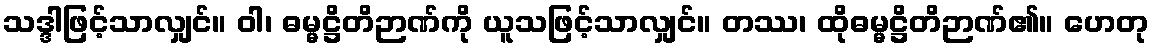
သဒ္ဒါဖြင့်သာလျှင်။ ဝါ၊ ဓမ္မဋ္ဌိတိဉာဏ်ကို ယူသဖြင့်သာလျှင်။ တဿ၊ ထိုဓမ္မဋ္ဌိတိဉာဏ်၏။ ဟေတု